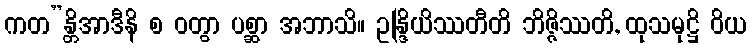
ကတ”န္တိအာဒီနိ စ ဝတွာ ပစ္ဆာ အဘာသိ။ ဥန္ဒြိယိဿတီတိ ဘိဇ္ဇိဿတိ, ထုသမုဋ္ဌိ ဝိယ